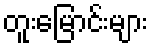
တူးမြောင်းများ